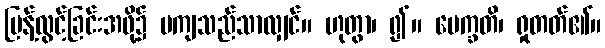
ပြန့်လွင့်ခြင်းအဖို့၌ မကျသည်သာလျှင်။ ဟုတွာ၊ ၍။ ပေက္ခတိ၊ ရှုတတ်၏။